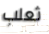
ثعلب